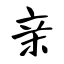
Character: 亲